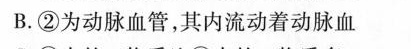
B. ②为动脉血管，其内流动着动脉血